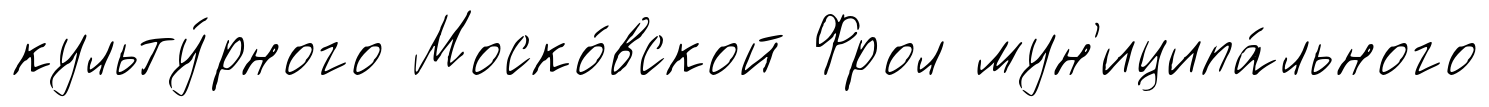
культу́рного Моско́вской Фрол мун'иципа́льного